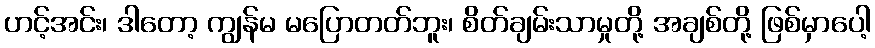
ဟင့်အင်း၊ ဒါတော့ ကျွန်မ မပြောတတ်ဘူး၊ စိတ်ချမ်းသာမှုတို့ အချစ်တို့ ဖြစ်မှာပေါ့